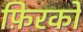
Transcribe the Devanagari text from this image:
फ़िरकों